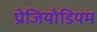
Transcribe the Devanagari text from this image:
प्रेजियोडियम